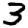
Digit: 3